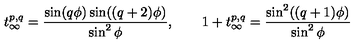
t _ { \infty } ^ { p , q } = \frac { \sin ( q \phi ) \sin ( ( q + 2 ) \phi ) } { \sin ^ { 2 } \phi } , \qquad 1 + t _ { \infty } ^ { p , q } = \frac { \sin ^ { 2 } ( ( q + 1 ) \phi ) } { \sin ^ { 2 } \phi }